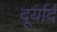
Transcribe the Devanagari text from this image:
दूर्यार्द